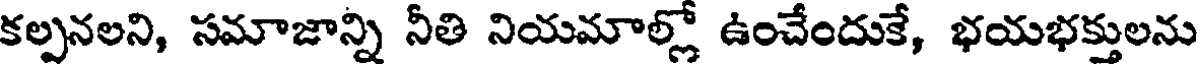
కల్పనలని, సమాజాన్ని నీతి నియమాల్లో ఉంచేందుకే, భయభక్తులను